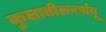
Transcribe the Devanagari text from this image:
कुलातीलवर्षायू